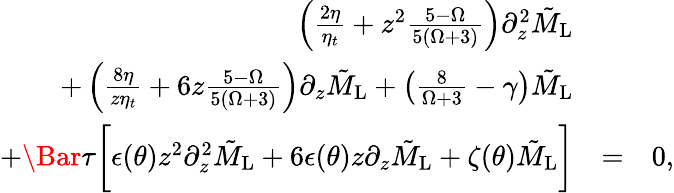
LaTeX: \begin{array}{rlr}{\left(\frac{2\eta}{\eta_{t}}+z^{2}\frac{5-\Omega}{5(\Omega+3)}\right)\partial_{z}^{2}\tilde{M}_{\mathrm{L}}}&{}&\\ {+\left(\frac{8\eta}{z\eta_{t}}+6z\frac{5-\Omega}{5(\Omega+3)}\right)\partial_{z}\tilde{M}_{\mathrm{L}}+\left(\frac{8}{\Omega+3}-\gamma\right)\tilde{M}_{\mathrm{L}}}&{}&\\ {+\Bar{\tau}\bigg[\epsilon(\theta)z^{2}\partial_{z}^{2}\tilde{M}_{\mathrm{L}}+6\epsilon(\theta)z\partial_{z}\tilde{M}_{\mathrm{L}}+\zeta(\theta)\tilde{M}_{\mathrm{L}}\bigg]}&{=}&{0,}\end{array}